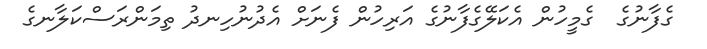
ގެފާނުގެ  ގެމީހުން އެކަލޭގެފާނުގެ އަރިހުން ފެނަށް އެދުނުހިނދު ތިމަންރަސްކަލާނގެ